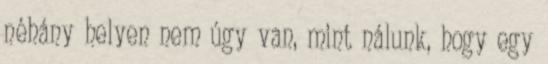
néhány helyen nem úgy van, mint nálunk, hogy egy